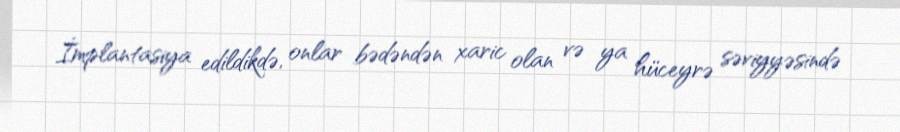
İmplantasiya edildikdə, onlar bədəndən xaric olan və ya hüceyrə səviyyəsində